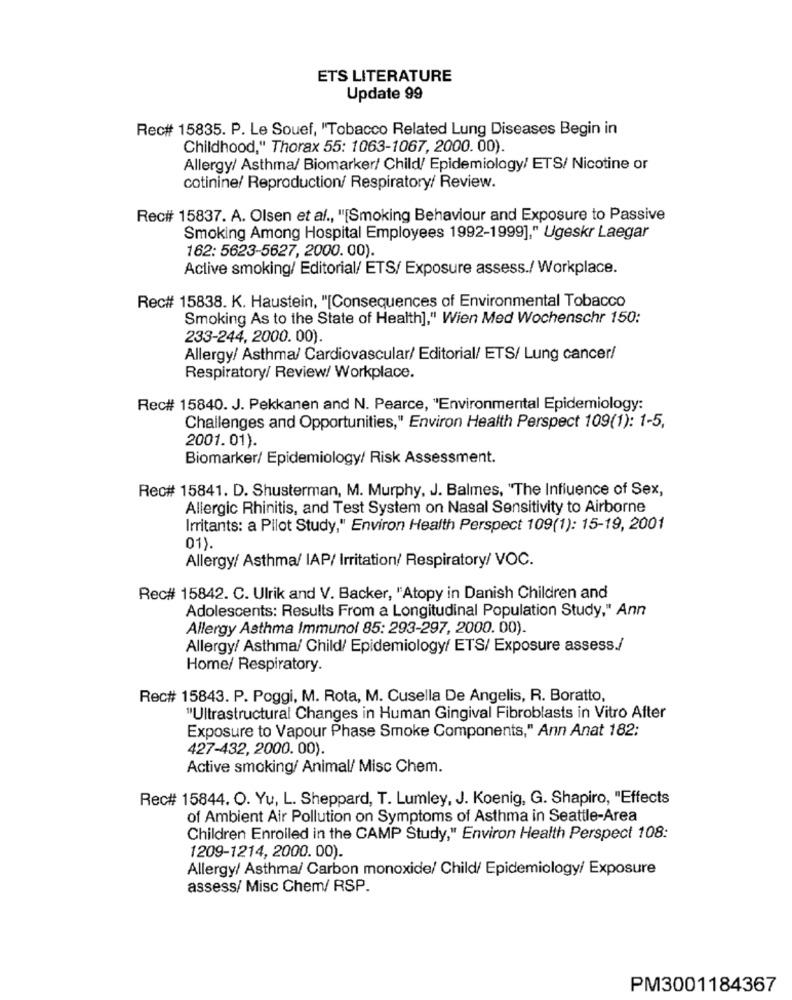
ETS LITERATURE
Update 99
Rec# 15835. P. Le Souef, "Tobacco Related Lung Diseases Begin in
Childhood," Thorax 55: 1063-1067, 2000. 00).
Allergy/ Asthma/ Biomarker/ Child/ Epidemiology/ ETS/ Nicotine or
cotinine/ Reproduction/ Respiratory/ Review.
Rec# 15837. A. Olsen et al ., "[Smoking Behaviour and Exposure to Passive
Smoking Among Hospital Employees 1992-1999]," Ugeskr Laegar
162: 5623-5627, 2000. 00).
Active smoking/ Editorial/ ETS/ Exposure assess./ Workplace.
Rec# 15838. K. Haustein, "[Consequences of Environmental Tobacco
Smoking As to the State of Health]," Wien Med Wochenschr 150:
233-244, 2000. 00).
Allergy/ Asthma/ Cardiovascular/ Editorial/ ETS/ Lung cancer/
Respiratory/ Review/ Workplace.
Rec# 15840. J. Pekkanen and N. Pearce, "Environmental Epidemiology:
Challenges and Opportunities," Environ Health Perspect 109(1): 1-5,
2001.01).
Biomarker/ Epidemiology/ Risk Assessment.
Rec# 15841. D. Shusterman, M. Murphy, J. Balmes, "The Influence of Sex,
Allergic Rhinitis, and Test System on Nasal Sensitivity to Airborne
Irritants: a Pilot Study," Environ Health Perspect 109(1): 15-19, 2001
01).
Allergy/ Asthma/ IAP/ Irritation/ Respiratory/ VOC.
Rec# 15842. C. Ulrik and V. Backer, "Atopy in Danish Children and
Adolescents: Results From a Longitudinal Population Study," Ann
Allergy Asthma Immunol 85: 293-297, 2000. 00).
Allergy/ Asthma/ Child/ Epidemiology/ ETS/ Exposure assess./
Home/ Respiratory.
Rec# 15843. P. Poggi, M. Rota, M. Cusella De Angelis, R. Boratto,
"Ultrastructural Changes in Human Gingival Fibroblasts in Vitro After
Exposure to Vapour Phase Smoke Components," Ann Anat 182:
427-432, 2000. 00).
Active smoking/ Animal/ Misc Chem.
Rec# 15844. O. Yu, L. Sheppard, T. Lumley, J. Koenig, G. Shapiro, "Effects
of Ambient Air Pollution on Symptoms of Asthma in Seattle-Area
Children Enrolled in the CAMP Study," Environ Health Perspect 108:
1209-1214, 2000. 00).
Allergy/ Asthma/ Carbon monoxide/ Child/ Epidemiology/ Exposure
assess/ Misc Chem/ RSP.
PM3001184367